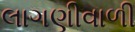
લાગણીવાળી